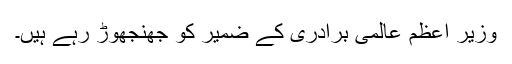
وزیر اعظم عالمی برادری کے ضمیر کو جھنجھوڑ رہے ہیں۔